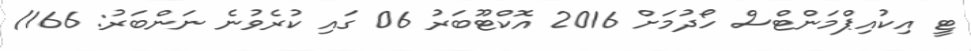
ޓީ އިކުއިޕްމަންޓްސް ހޯދުމަށް 2016 އޮކްޓޫބަރު 06 ގައި ކުރެވުނެ ނަންބަރު: 166/